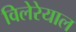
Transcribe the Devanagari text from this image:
विलेरेयाल